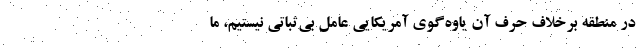
در منطقه برخلاف حرف آن یاوه‌گوی آمریکایی عامل بی‌ثباتی نیستیم، ما